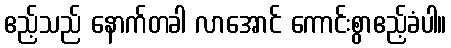
ဧည့်သည် နောက်တခါ လာအောင် ကောင်းစွာဧည့်ခံပါ။